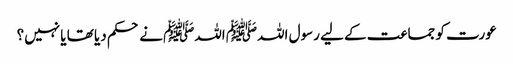
عورت کو جماعت کے لیے رسول اللہﷺ اللہﷺ نے حکم دیا تھا یا نہیں؟